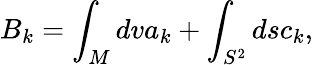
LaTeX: B_{k}=\int_{M}dva_{k}+\int_{S^{2}}dsc_{k},